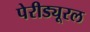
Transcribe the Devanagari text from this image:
पेरीड्यूरल